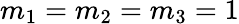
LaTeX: m_{1}=m_{2}=m_{3}=1